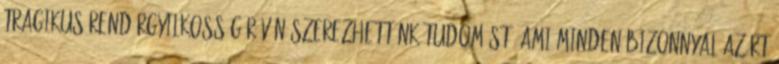
tragikus rendőrgyilkosság révén szerezhettünk tudomást, ami minden bizonnyal azért